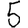
Digit: 5